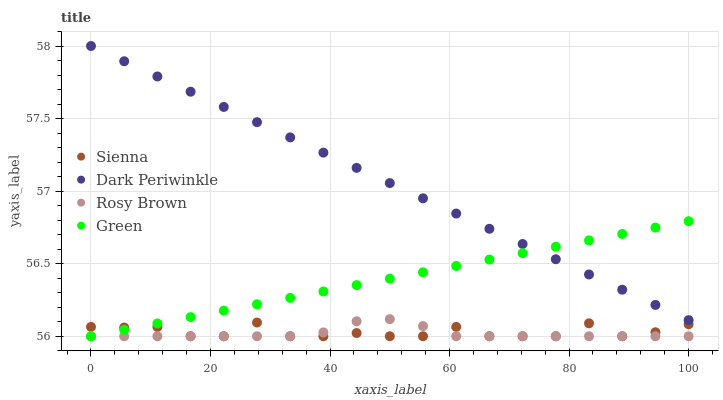
| xaxis_label | Sienna | Dark Periwinkle | Rosy Brown | Green |
 | --- | --- | --- | --- | --- |
 | 0 | 56.1 | 58 | 56 | 56 |
 | 5.56 | 56.1 | 57.9 | 56 | 56 |
 | 11.1 | 56.1 | 57.8 | 56 | 56.1 |
 | 16.7 | 56 | 57.7 | 56 | 56.1 |
 | 22.2 | 56 | 57.6 | 56 | 56.2 |
 | 27.8 | 56.1 | 57.5 | 56 | 56.2 |
 | 33.3 | 56 | 57.4 | 56 | 56.3 |
 | 38.9 | 56 | 57.3 | 56 | 56.3 |
 | 44.4 | 56 | 57.2 | 56.1 | 56.4 |
 | 50 | 56 | 57.1 | 56.1 | 56.4 |
 | 55.6 | 56 | 57 | 56.1 | 56.4 |
 | 61.1 | 56.1 | 56.8 | 56 | 56.5 |
 | 66.7 | 56 | 56.7 | 56 | 56.5 |
 | 72.2 | 56 | 56.6 | 56 | 56.6 |
 | 77.8 | 56 | 56.5 | 56 | 56.6 |
 | 83.3 | 56.1 | 56.4 | 56 | 56.7 |
 | 88.9 | 56 | 56.3 | 56 | 56.7 |
 | 94.4 | 56 | 56.2 | 56 | 56.7 |
 | 100 | 56.1 | 56.1 | 56 | 56.8 |